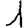
Digit: 1